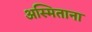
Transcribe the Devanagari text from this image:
अस्मिताना